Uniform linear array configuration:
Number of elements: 48
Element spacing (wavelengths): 0.5
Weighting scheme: binomial
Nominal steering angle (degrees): -30
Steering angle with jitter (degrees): -29.001
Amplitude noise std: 0.05
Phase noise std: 0.05

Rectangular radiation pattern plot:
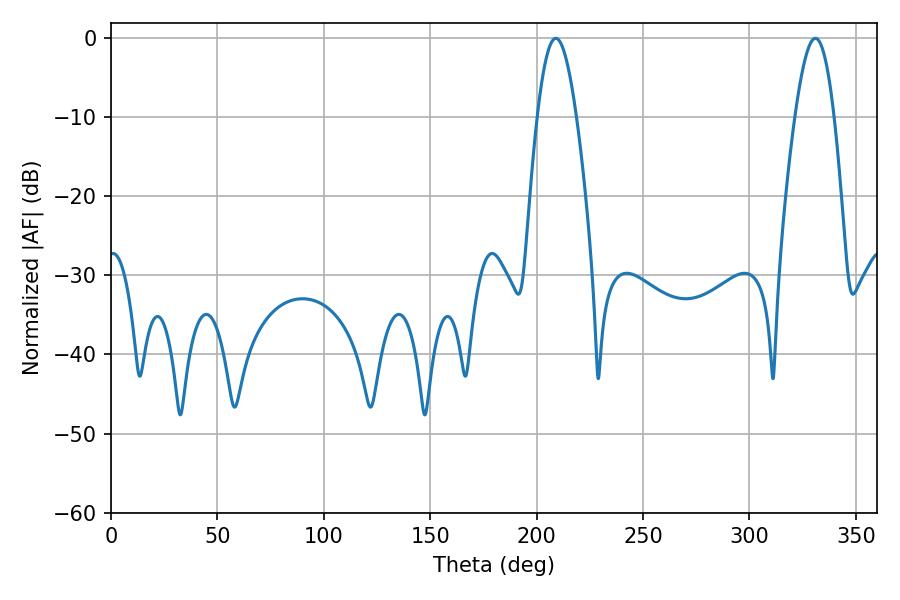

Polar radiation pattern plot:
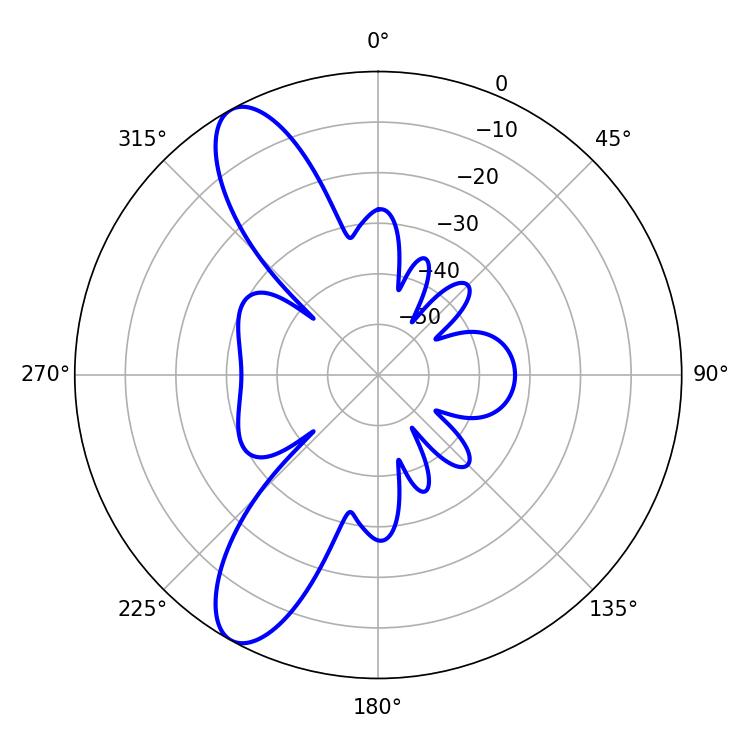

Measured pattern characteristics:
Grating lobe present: FALSE
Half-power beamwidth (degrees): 10.08
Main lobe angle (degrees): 208.98